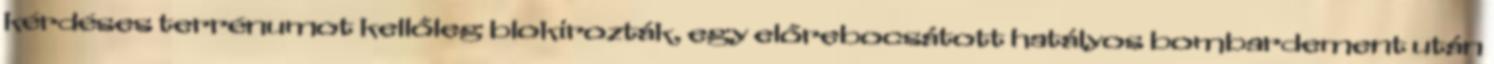
kérdéses terrénumot kellőleg blokirozták, egy előrebocsátott hatályos bombardement után